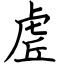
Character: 虗